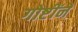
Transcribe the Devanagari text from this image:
गोष्टींने